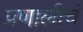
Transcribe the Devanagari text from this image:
प्रणालीचं